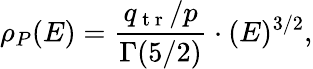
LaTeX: \rho_{P}(E)=\frac{q_{\mathrm{~t~r~}}/p}{\Gamma(5/2)}\cdot(E)^{3/2},